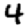
Digit: 4